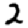
Digit: 2